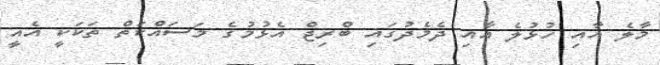
މާލެ އާއި ހުޅުލެ އާއި ދެމެދުގައި ބްރިޖް އެޅުމުގެ މަަސައްކަތް ތަކަކީ އެއީ